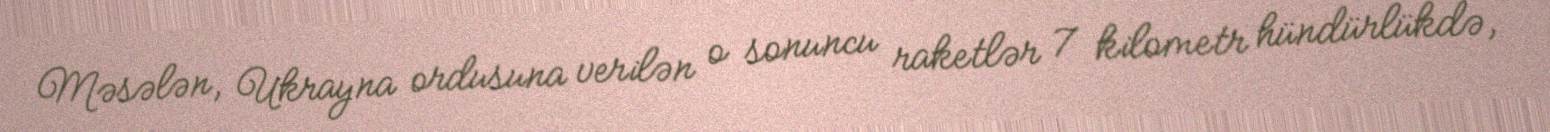
Məsələn, Ukrayna ordusuna verilən o sonuncu raketlər 7 kilometr hündürlükdə,